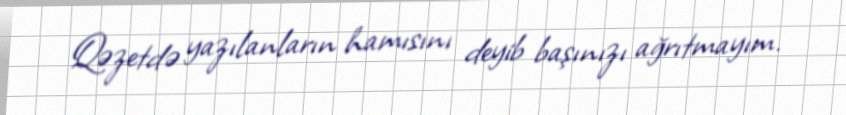
Qəzetdə yazılanların hamısını deyib başınızı ağrıtmayım.